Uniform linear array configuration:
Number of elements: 24
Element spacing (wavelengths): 1
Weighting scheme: binomial
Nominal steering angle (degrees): -15
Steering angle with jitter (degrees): -15.107
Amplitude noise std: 0.05
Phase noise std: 0.05

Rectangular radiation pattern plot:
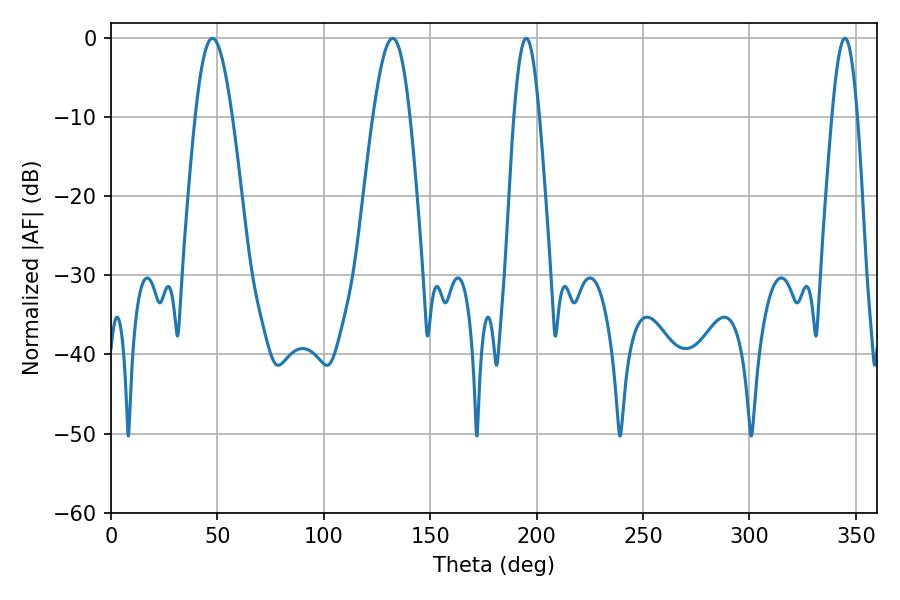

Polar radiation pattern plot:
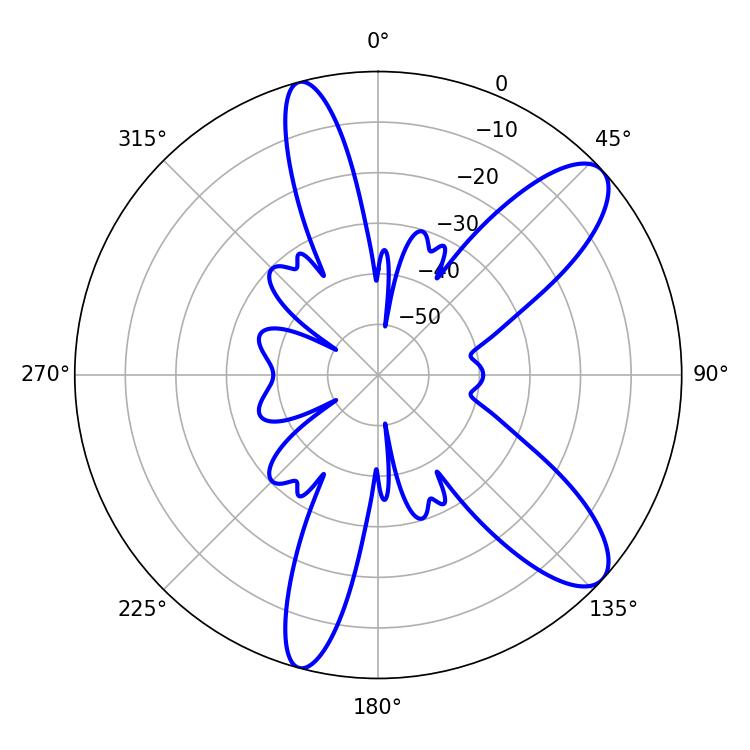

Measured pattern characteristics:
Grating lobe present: TRUE
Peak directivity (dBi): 10.014
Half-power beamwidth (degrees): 6.48
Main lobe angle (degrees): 195.12